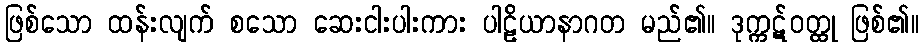
ဖြစ်သော ထန်းလျက် စသော ဆေးငါးပါးကား ပါဠိယာနာဂတ မည်၏။ ဒုက္ကဋ်ဝတ္ထု ဖြစ်၏။